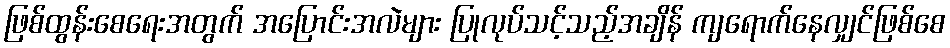
ဖြစ်ထွန်းစေရေးအတွက် အပြောင်းအလဲများ ပြုလုပ်သင့်သည့်အချိန် ကျရောက်နေလျှင်ဖြစ်စေ